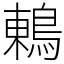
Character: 鶇